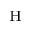
_ \mathrm { H }